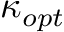
\kappa _ { o p t }